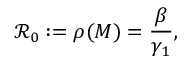
\mathcal { R } _ { 0 } : = \rho ( M ) = \frac { \beta } { \gamma _ { 1 } } ,